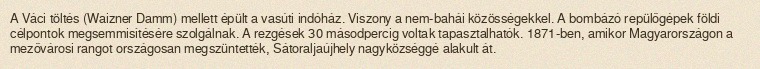
A Váci töltés (Waizner Damm) mellett épült a vasúti indóház. Viszony a nem-bahái közösségekkel. A bombázó repülőgépek földi célpontok megsemmisítésére szolgálnak. A rezgések 30 másodpercig voltak tapasztalhatók. 1871-ben, amikor Magyarországon a mezővárosi rangot országosan megszüntették, Sátoraljaújhely nagyközséggé alakult át.